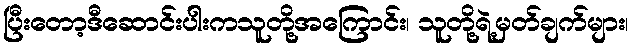
ပြီးတော့ဒီဆောင်းပါးကသူတို့အကြောင်း၊ သူတို့ရဲ့မှတ်ချက်များ၊